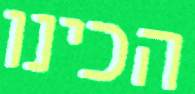
הכינו